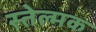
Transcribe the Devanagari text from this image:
स्तेल्मक